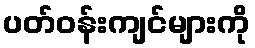
ပတ်ဝန်းကျင်များကို